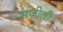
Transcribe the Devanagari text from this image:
सजीली